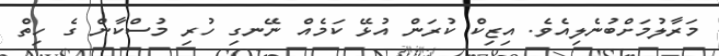
މަރާލުމަށްބުނެލިއެވެ. އިޒިކް ކުރަން އުޅޭ ކަމެއް ނޭނގި ހުރި މުސްކާން ގެ ހިތް